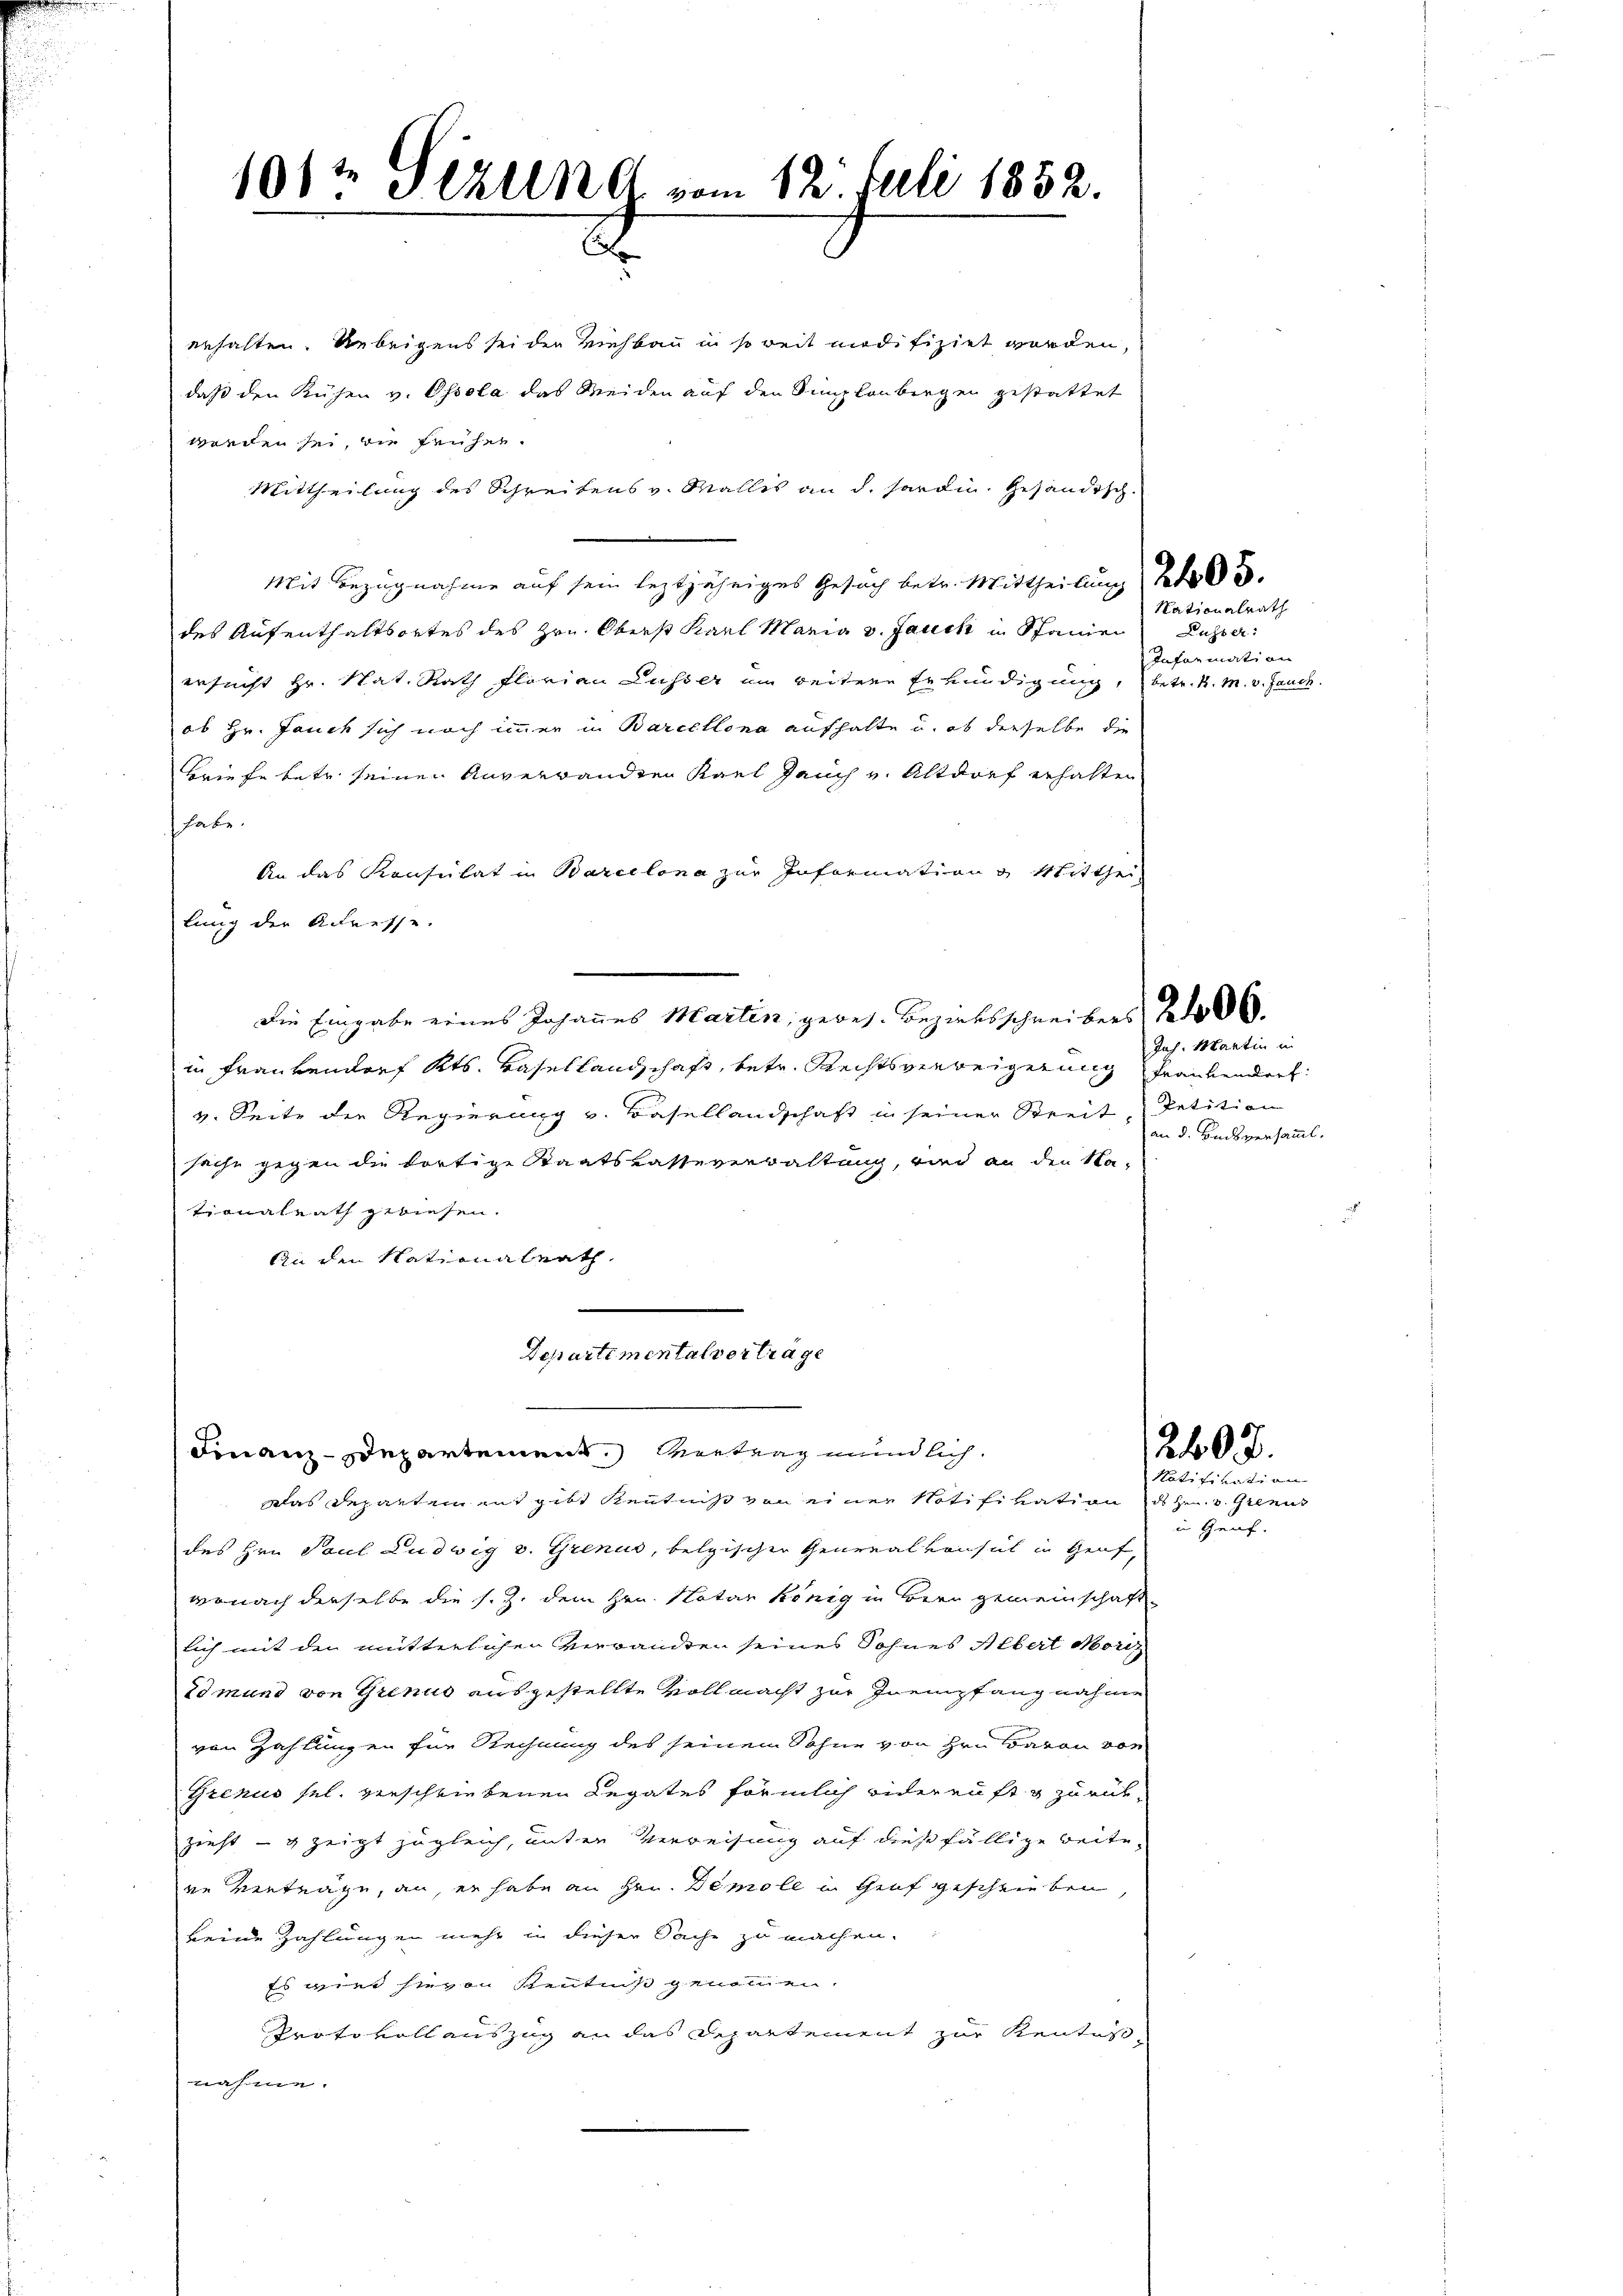
1012 Gezend vom 12. Juli 1852.
2

erhalten. Uebrigens sei der Viehbau in soweit modifiziel worden,
daß den Kühen v. Ossola das Meiden auf den Sinkenbergen gestattet
werden sei, die früher.
Mittheilung des Schreibens v. Wallis an d. hardin. Gesändisch-
Mit Bezugnahme auf sein leztjähriges Gesuch betr. Mittheilung d. 5.
des Aufenthaltsortes des Hrn. Oberst Karl Maria v. Jauch in Spannen
ersucht Hr. Nat. Rath Florian Lusser im weitere Erkundigung,
ob Hr. Jauch sich noch immer in Barcellona aufhalte u. ob derselbe die
Briefe betr. seinen Anverwandten Karl Jauch v. Altdorf erhalten
habe.
An das Konsulat in Barcelona zur Information Mitthei
lung der Adresse.
Die Eingabe eines Johannes Martin, geres. Bezirksschreibers Nedo 6.
in Frau vendorf Kts. Hasellandschaft, betr. Rechtsverweigerung Frankendorf
v. Seite der Regierung v. Basellandschaft in seiner Streit Petition
sache gegen die dortige Staatskasseverwaltung, und an den Na-
tionalrath gewiesen.
An den Nationalrath

Departimentalvertrage
Finanz-Departement. Vertrag mündlich

Das Departement gibt Kenntniß von einer Notifikation des Hrn. v. Grenis
des Hrn. Paul Ludwig v. Grenus, belgischen Generalkonsul in Genf,
wonach derselbe die s. Z. dem Hrn. Notar König in Bern gemeinschaftlich mit den mitterlichen Verwandten seines Sohnes Albert Moriz
Edmund von Grenus ausgestellte Vollmacht zur Inempfang nahme
von Zahlungen für Rechnung des seinem Sohne von Hrn. Baron von
Grenus sel. verschriebenen Legates förmlich widerruft & zurükzieht – g zeigt zugleich, unter Verweisung auf diese fällige Beitein verträge, an, er habe an Hrn. Demole in Graf geschrieben,
keine Zahlungen mehr in dieser Sache zu machen.
Es wird hievon Kenntniß genommen.
Protokollauszug an das Departement zur Kentus-
nahme.

Rationalrath
Ruster:
Information
betr. K. M. v. Jauch.

Jah. Martin un
an d. Buchsversamml.

2607.

Ratifikation
i Graf.